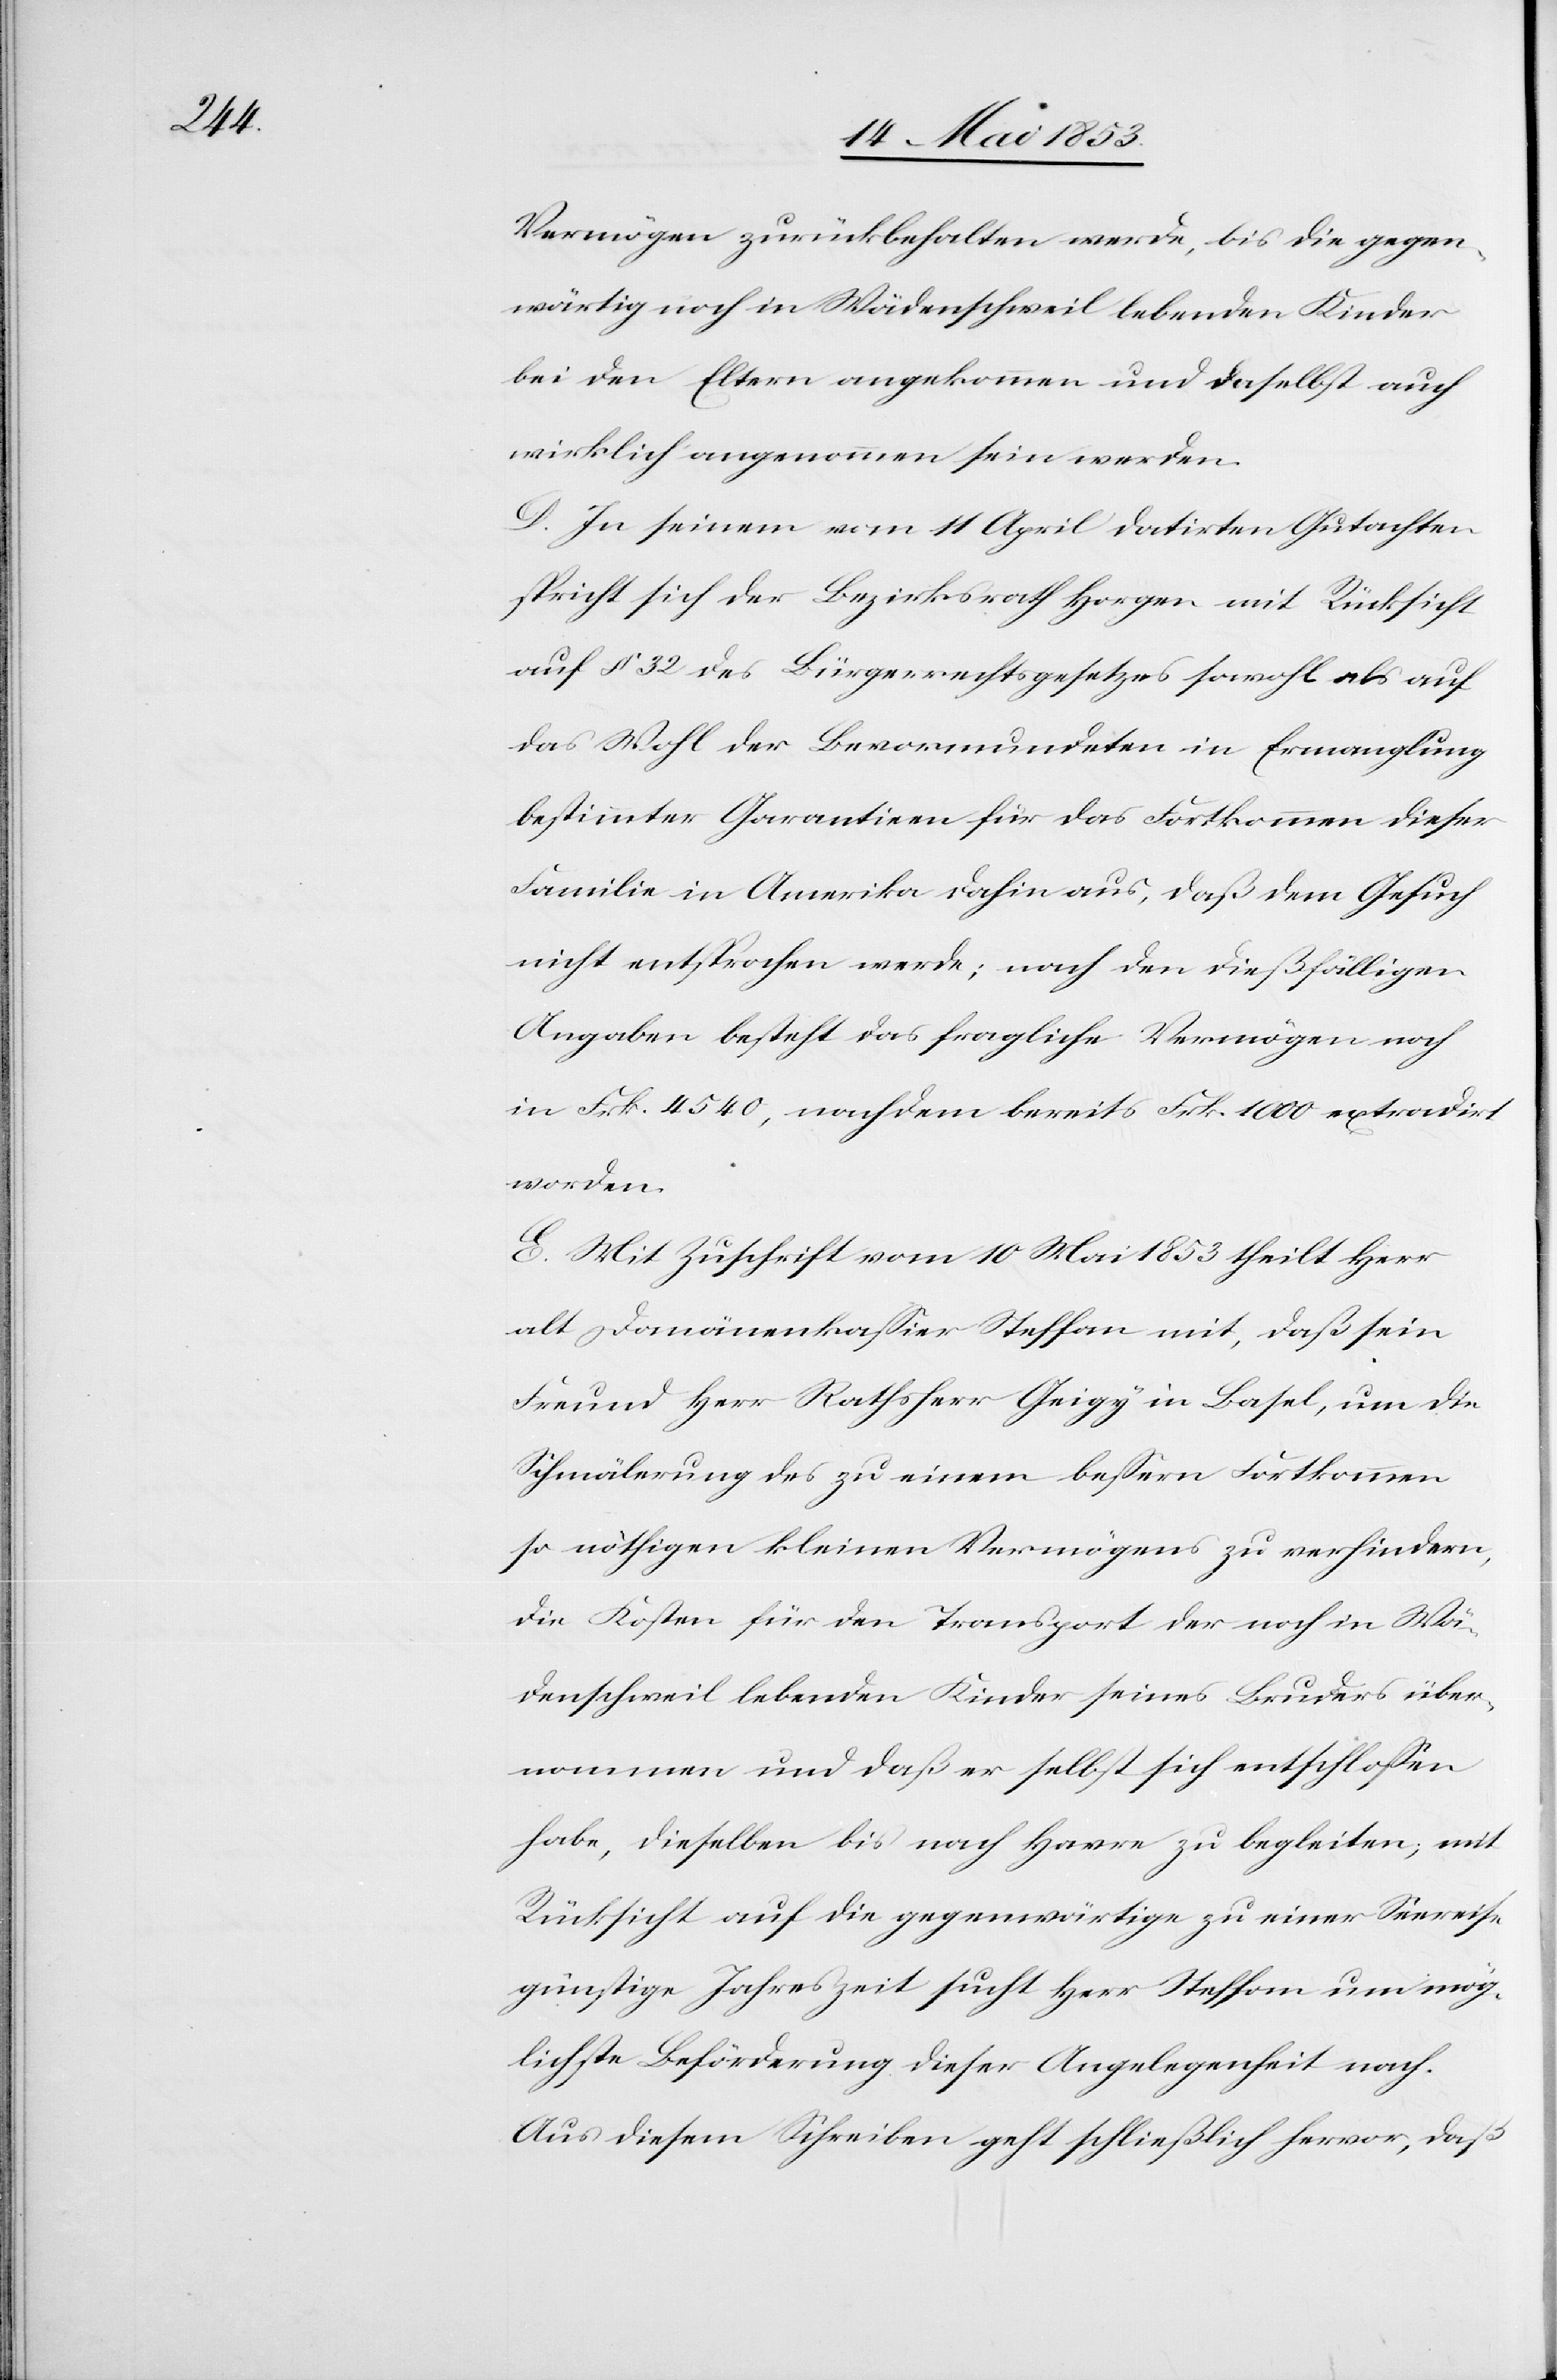
Vermögen zurückbehalten werde, bis die gegen¬
wärtig noch in Wädenschweil lebenden Kinder
bei den Eltern angekommen und daselbst auch
wirklich angenommen sein werden.
D. In seinem vom 14 April datirten Gutachten
spricht sich der Bezirksrath Horgen mit Rücksicht
auf § 32 des Bürgerrechtsgesetzes sowohl als auf
das Wohl der Bevormundeten in Ermangelung
bestimmter Garantien für das Fortkommen dieser
Familie in Amerika dahin aus, daß dem Gesuch
nicht entsprochen werde; nach den dießfälligen
Angaben besteht das fragliche Vermögen noch
in Frk. 4540, nachdem bereits Frk. 1000 extradirt
worden.
E. Mit Zuschrift vom 10 Mai 1853 theilt Herr
alt Domänenkaßier Steffan mit, daß sein
Freund Herr Rathsherr Geigy in Basel, um die
Schmälerung des zu einem beßern Fortkommen
so nöthigen kleinen Vermögens zu verhindern,
die Kosten für den Transport der noch in Wä¬
denschweil lebenden Kinder seines Bruders über¬
nommen und daß er selbst sich entschloßen
habe, dießelben bis nach Havre zu begleiten, mit
Rücksicht auf die gegenwärtige zu einer Seereise
günstige Jahreszeit sucht Herr Steffan um mög¬
lichste Beförderung dieser Angelegenheit nach.
Aus diesem Schreiben geht schließlich hervor, daß